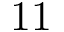
1 1